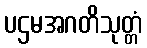
ပဌမအဂတိသုတ္တံ